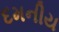
દમનીય